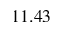
1 1 . 4 3